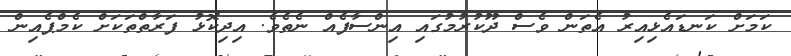
ކަމަށް ކަނޑައެޅިއިރު އެތަން ވެސް ދޫކުރުމުގައި އިންސާފެއް ނެތެވެ. އިދިކޮޅު ފަރާތްތަކަށް ކެމްޕެއިން